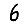
Digit: 6